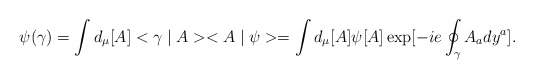
\begin{align*}\psi (\gamma) = \int d_\mu [A] <\gamma \mid A> <A \mid \psi>= \int d_\mu [A] \psi [A] \exp [- i e \oint_{\gamma} A_a dy^a] .\end{align*}